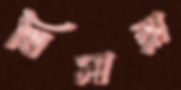
থিসারা